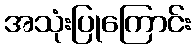
အသုံးပြုကြောင်း